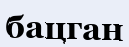
бацган